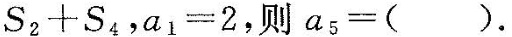
S _ { 2 } + S _ { 4 }$$，$$a _ { 1 } = 2$$，则$$a _ { 5 } = ( )$$.